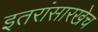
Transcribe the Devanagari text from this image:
इतरांसारखेच